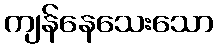
ကျန်နေသေးသော